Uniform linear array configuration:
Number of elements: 24
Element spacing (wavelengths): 0.5
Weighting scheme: uniform
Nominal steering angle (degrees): -30
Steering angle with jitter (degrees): -30.816
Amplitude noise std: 0.05
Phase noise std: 0.05

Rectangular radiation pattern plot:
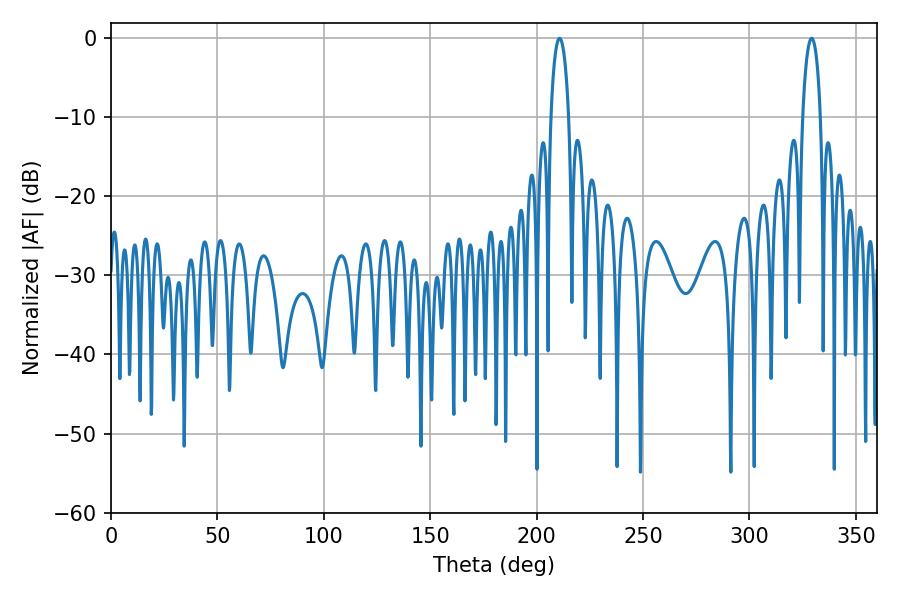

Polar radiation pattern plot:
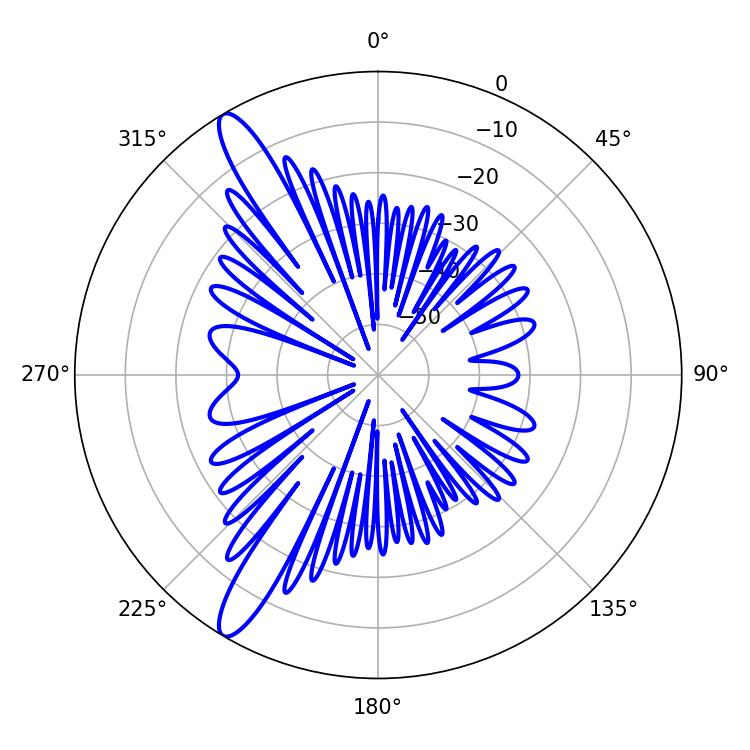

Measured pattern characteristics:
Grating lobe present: FALSE
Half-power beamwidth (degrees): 4.68
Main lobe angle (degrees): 210.78